Medical and sanitary report on the native army of Bombay for the year
Year: 1879
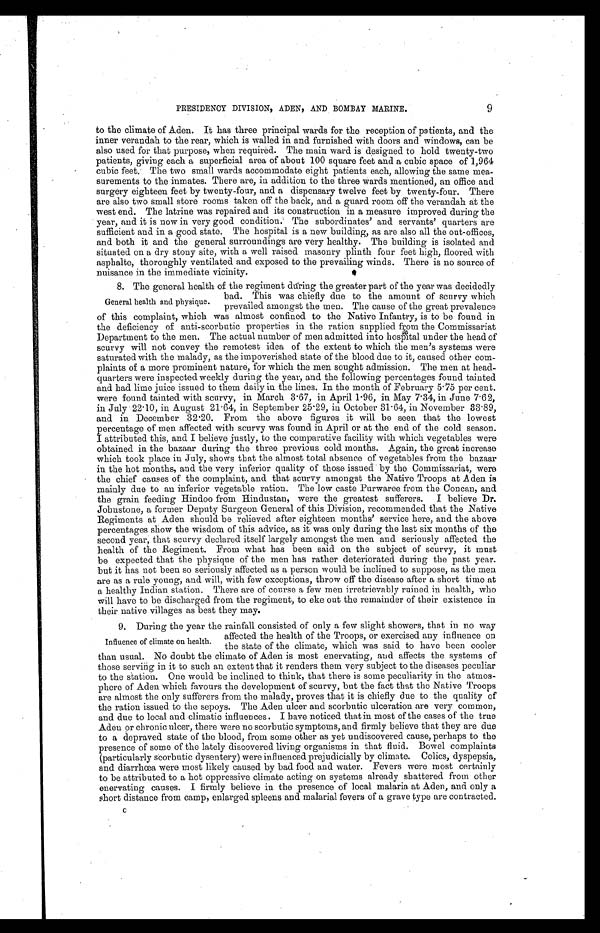
PRESIDENCY DIVISION, ADEN, AND BOMBAY MARINE.
9
to the climate of Aden. It has three principal wards for the reception of patients, and the
inner verandah to the rear, which is walled in and furnished with doors and windows, can be
also used for that purpose, when required. The main ward is designed to hold twenty-two
patients, giving each a superficial area of about 100 square feet and a cubic space of 1,964
cubic feet. The two small wards accommodate eight patients each, allowing the same mea-
- s u r e m e n t s t o t h e i n m a t e s . T h e r e a r e , i n a d d i t i o n t o t h e t h r e e w a r d s m e n t i o n e d , a n o f f i c e a n d
surgery eighteen feet by twenty-four, and a dispensary twelve feet by twenty-four. There
are also two small store rooms taken off the back, and a guard room off the verandah at the
west end. The latrine was repaired and its construction in a measure improved during the
year, and it is now in very good condition. The subordinates' and servants' quarters are
sufficient and in a good state. The hospital is a new building, as are also all the out-offices,
and both it and the general surroundings are very healthy. The building is isolated and
situated on a dry stony site, with a well raised masonry plinth four feet high, floored with
asphalte, thoroughly ventilated and exposed to the prevailing winds. There is no source of
nuisance in the immediate vicinity.
8. The general health of the regiment during the greater part of the year was decidedly
bad. This was chiefly due to the amount of scurvy which
prevailed amongst the men. The cause of the great prevalence
of this complaint, which was almost confined to the Native Infantry, is to be found in
the deficiency of anti-scorbutic properties in the ration supplied from the Commissariat
Department to the men. The actual number of men admitted into hospital under the head of
scurvy will not convey the remotest idea of the extent to which the men's systems were
saturated with the malady, as the impoverished state of the blood due to it, caused other com-
-plaints of a more prominent nature, for which the men sought admission. The men at head
- q u a r t e r s w e r e i n s p e c t e d w e e k l y d u r i n g t h e y e a r , a n d t h e f o l l o w i n g p e r c e n t a g e s f o u n d t a i n t e d
and had lime juice issued to them daily in the lines. In the month of February 5·76 per cent.
were found tainted with scurvy, in March 3·67, in April 1 . 96, in May 7·34, in June 7·62,
in July 22·10, in August 21·64, in September 25·29, in October 31·64, in November 33·89,
and in December 32·20. From the above figures it will be seen that the lowest
percentage of men affected with scurvy was found in April or at the end of the cold season.
I attributed this, and I believe justly, to the comparative facility with which vegetables were
obtained in the bazaar during the three previous cold months. Again, the great increase
which took place in July, shows that the almost total absence of vegetables from the bazaar
in the hot months, and the very inferior quality of those issued by the Commissariat, were
the chief causes of the complaint, and that scurvy amongst the Native Troops at Aden is
mainly due to au inferior vegetable ration. The low caste Purwaree from the Concan, and
the grain feeding Hindoo from Hindustan, were the greatest sufferers. I believe Dr.
Johnstone, a former Deputy Surgeon General of this Division, recommended that the Native
Regiments at Aden should be relieved after eighteen months' service here, and the above
percentages show the wisdom of this advice, as it was only during the last six months of the
second year, that scurvy declared itself largely amongst the men and seriously affected the
health of the Regiment. From what has been said on the subject of scurvy, it must
be expected that the physique of the men has rather deteriorated during the past year.
but it has not been so seriously affected as a person would be inclined to suppose, as the men
are as a rule young, and will, with few exceptions, throw off the disease after a short time at
a healthy Indian station. There are of course a few men irretrievably ruined in health, who
will have to be discharged from the regiment, to eke out the remainder of their existence in
their native villages as best they may.
9. During the year the rainfall consisted of only a few slight showers, that in no way
affected the health of the Troops, or exercised any influence on
the state of the climate, which was said to have been cooler
than usual. No doubt the climate of Aden is most enervating, and affects the systems of
those serving in it to such an extent that it renders them very subject to the diseases peculiar
to the station. One would be inclined to think, that there is some peculiarity in the atmos-
- p h e r e o f A d e n w h i c h f a v o u r s t h e d e v e l o p m e n t o f s c u r v y , b u t t h e f a c t t h a t t h e N a t i v e T r o o p s
are almost the only sufferers from the malady, proves that it is chiefly due to the quality of
the ration issued to the sepoys. The Aden ulcer and scorbutic ulceration are very common,
and due to local and climatic influences. I have noticed that in most of the cases of the true
Aden or chronic ulcer, there were no scorbutic symptoms, and firmly believe that they are due
to a depraved state of the blood, from some other as yet undiscovered cause, perhaps to the
presence of some of the lately discovered living organisms in that fluid. Bowel complaints
(particularly scorbutic dysentery) were influenced prejudicially by climate. Colics, dyspepsia,
and diarrhœa were most likely caused by bad food and water. Fevers were most certainly
to be attributed to a hot oppressive climate acting on systems already shattered from other
enervating causes. I firmly believe in the presence of local malaria at Aden, and only a
short distance from camp, enlarged spleens and malarial fevers of a grave type are contracted.
c
General health and physique.
Influence of climate on health.